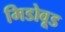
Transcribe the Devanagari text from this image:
मिडोवूड